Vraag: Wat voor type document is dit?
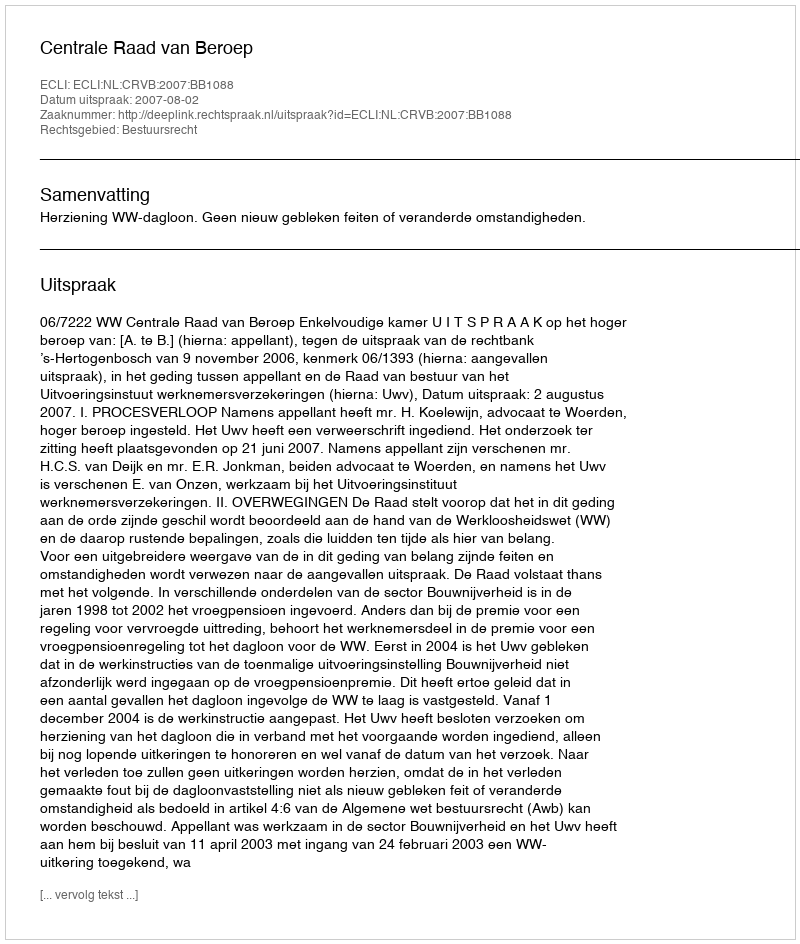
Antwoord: Uitspraak